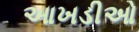
આખડીઓ